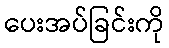
ပေးအပ်ခြင်းကို